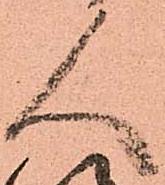
人